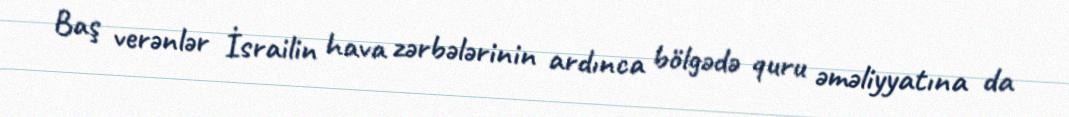
Baş verənlər İsrailin hava zərbələrinin ardınca bölgədə quru əməliyyatına da